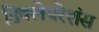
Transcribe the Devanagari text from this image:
डिक्लेयरेशंस